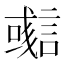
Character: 𧫊